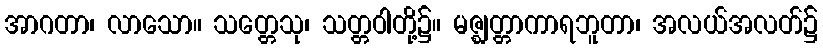
အာဂတာ၊ လာသော။ သတ္တေသု၊ သတ္တဝါတို့၌။ မဇ္ဈတ္တာကာရဘူတာ၊ အလယ်အလတ်၌